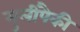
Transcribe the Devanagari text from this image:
मुलींपैकी